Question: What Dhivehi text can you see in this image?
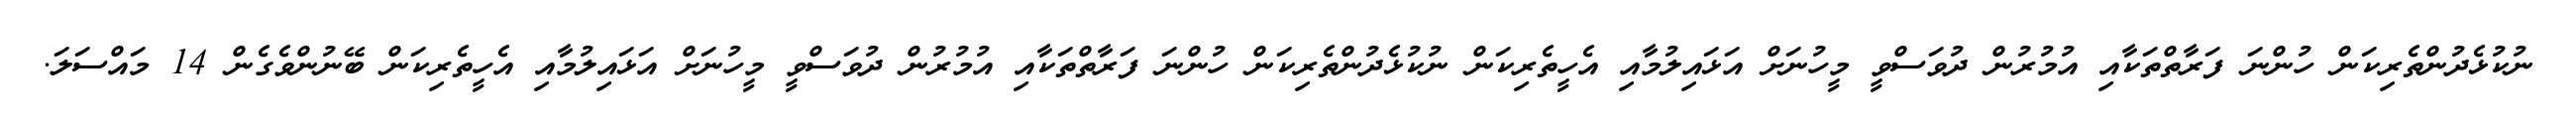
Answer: ނުކުޅެދުންތެރިކަން ހުންނަ ފަރާތްތަކާއި އުމުރުން ދުވަސްވީ މީހުނަށް އަޅައިލުމާއި އެހީތެރިކަން ނުކުޅެދުންތެރިކަން ހުންނަ ފަރާތްތަކާއި އުމުރުން ދުވަސްވީ މީހުނަށް އަޅައިލުމާއި އެހީތެރިކަން ބޭނުންވެގެން 14 މައްސަލަ.